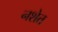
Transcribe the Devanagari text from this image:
नशेत